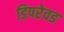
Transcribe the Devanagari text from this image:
डिपरेवड